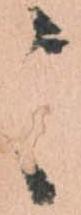
々